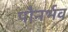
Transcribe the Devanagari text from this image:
पौनर्भव